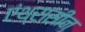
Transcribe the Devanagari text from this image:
एंथ्रासीन